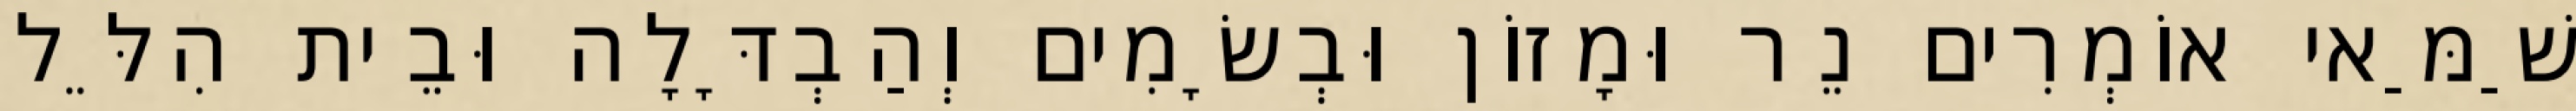
שַׁמַּאי אוֹמְרִים נֵר וּמָזוֹן וּבְשָׂמִים וְהַבְדָּלָה וּבֵית הִלֵּל